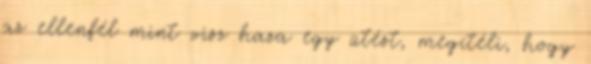
az ellenfél mint visz haza egy ütést, megítéli, hogy